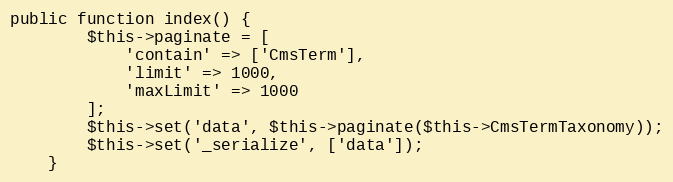
Language: PHP
public function index() {
        $this->paginate = [
            'contain' => ['CmsTerm'],
            'limit' => 1000,
            'maxLimit' => 1000
        ];
        $this->set('data', $this->paginate($this->CmsTermTaxonomy));
        $this->set('_serialize', ['data']);
    }